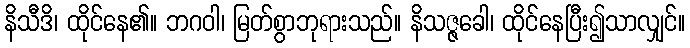
နိသီဒိ၊ ထိုင်နေ၏။ ဘဂဝါ၊ မြတ်စွာဘုရားသည်။ နိသဇ္ဇခေါ၊ ထိုင်နေပြီး၍သာလျှင်။